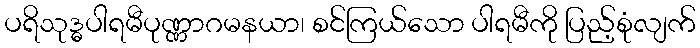
ပရိသုဒ္ဓပါရမီပုဏ္ဏာဂမနယာ၊ စင်ကြယ်သော ပါရမီကို ပြည့်စုံလျက်